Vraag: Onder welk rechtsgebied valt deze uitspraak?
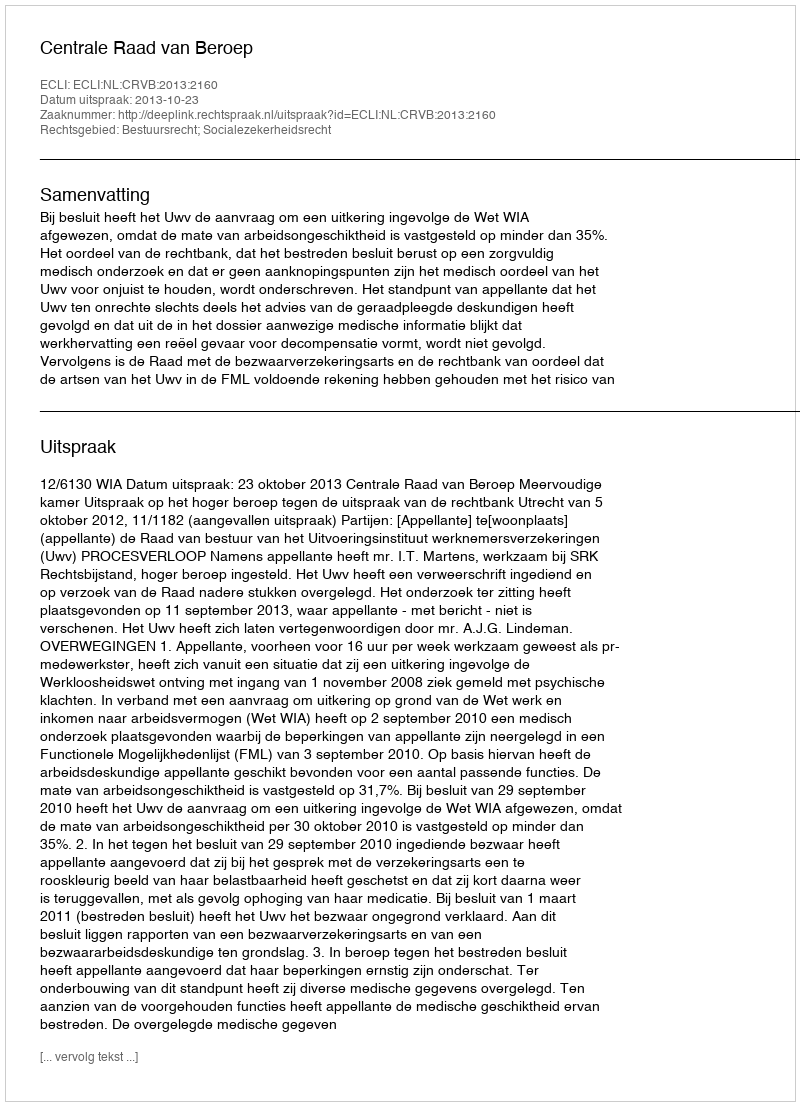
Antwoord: Bestuursrecht; Socialezekerheidsrecht